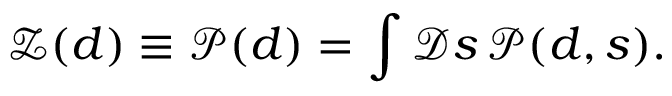
{ \mathcal { Z } } ( d ) \equiv { \mathcal { P } } ( d ) = \int { \mathcal { D } } s \, { \mathcal { P } } ( d , s ) .